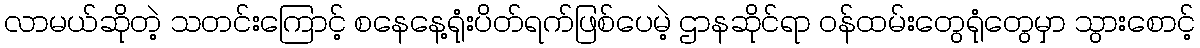
လာမယ်ဆိုတဲ့ သတင်းကြောင့် စနေနေ့ရုံးပိတ်ရက်ဖြစ်ပေမဲ့ ဌာနဆိုင်ရာ ဝန်ထမ်းတွေရုံတွေမှာ သွားစောင့်